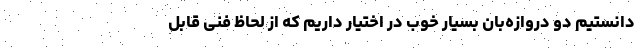
‌دانستیم دو دروازه‌بان بسیار خوب در اختیار داریم که از لحاظ فنی قابل